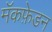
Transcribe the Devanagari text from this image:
मॅकफ़ेडन